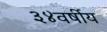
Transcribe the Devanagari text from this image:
३४वर्षीय